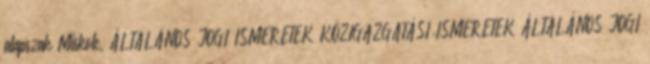
alapszak Miskolc, ÁLTALÁNOS JOGI ISMERETEK KÖZIGAZGATÁSI ISMERETEK ÁLTALÁNOS JOGI